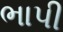
ભાપી